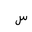
Letter: _sin